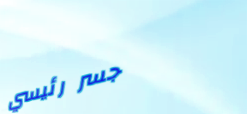
جسر رئيسي